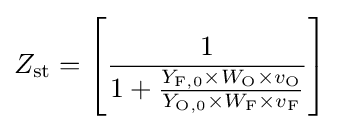
Z_{\mathrm {st} }=\left[{\frac {1}{1+{\frac {Y_{\mathrm {F,0} }\times W_{\mathrm {O} }\times v_{\mathrm {O} }}{Y_{\mathrm {O,0} }\times W_{\mathrm {F} }\times v_{\mathrm {F} }}}}}\right]